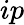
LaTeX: ip